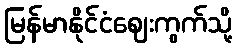
မြန်မာနိုင်ငံဈေးကွက်သို့